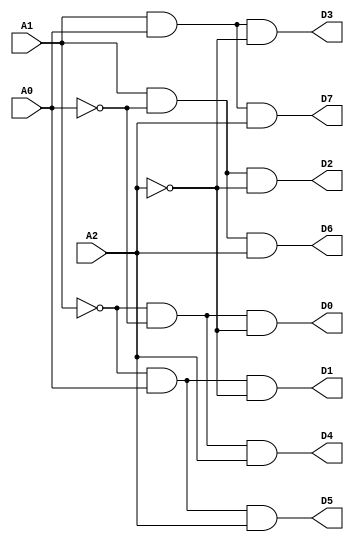
module HB_38DECODER(
	input A2,
	input A1,
	input A0,
	output D7,
	output D6,
	output D5,
	output D4,
	output D3,
	output D2,
	output D1,
	output D0
);


wire b0, b1, b2, b3, b4, b5, b6, b7, b8, b9, b10, b11, b12, b13, b14, b15;

assign b0 = (~ A1) & (~ A0);
assign b1 = ~ A2;
assign b2 = (~ A1) & A0;   
assign b3 = ~ A2;           
assign b4 = A1 & (~ A0);   
assign b5 = ~ A2; 
assign b6 = A1 & A0;
assign b7 = ~ A2;
assign b8 = (~ A1) & (~ A0);
assign b9 = A2;
assign b10 = (~ A1) & A0;
assign b11 = A2;
assign b12 = A1 & (~ A0);
assign b13 = A2;
assign b14 = A1 & A0;
assign b15 = A2;
assign D0 = b0 & b1;
assign D1 = b2 & b3;
assign D2 = b4 & b5;
assign D3 = b6 & b7;
assign D4 = b8 & b9;
assign D5 = b10 & b11;
assign D6 = b12 & b13;
assign D7 = b14 & b15;

endmodule